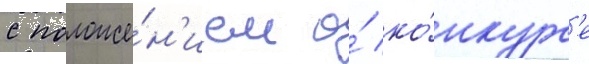
с положе́н'ием о́ ко́нкурс'е